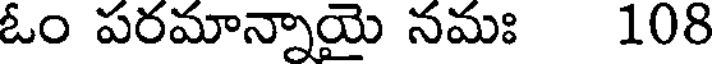
ఓం పరమాన్నాయై నమః 108